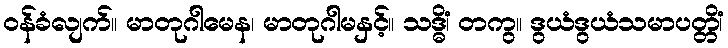
ဝန်ခံလျက်။ မာတုဂါမေန၊ မာတုဂါမနှင့်။ သဒ္ဓိံ၊ တကွ။ ဒွယံဒွယံသမာပတ္တိံ၊